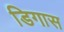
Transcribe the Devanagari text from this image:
डिगास